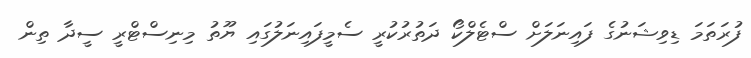
ފުރަތަމަ ޑިވިޝަނުގެ ފައިނަލަށް ސްޓެލްކޯ ދަތުރުކުރީ ސެމީފައިނަލުގައި ޔޫތު މިނިސްޓްރީ ސީދާ ތިން